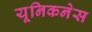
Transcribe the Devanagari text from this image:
यूनिकनेस